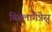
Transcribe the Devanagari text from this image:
बिल्लागैन्नेस्र्